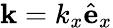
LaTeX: {\mathbf k}=k_{x}\hat{\mathbf{e}}_{x}